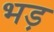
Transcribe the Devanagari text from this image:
भड़